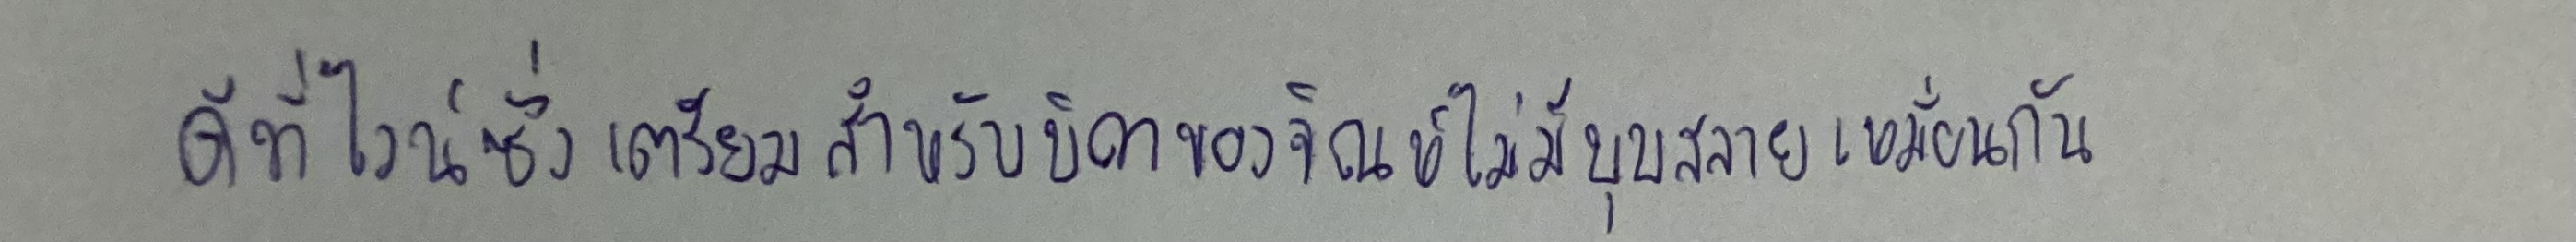
ดีที่ไวน์ซึ่งเตรียมสำหรับบิดาของจิณห์ไม่มีบุบสลายเหมือนกัน